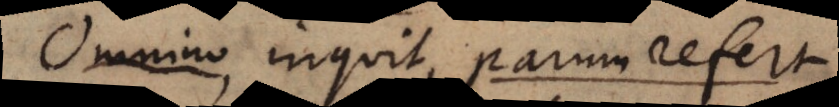
Omnino, inquit, parum refert